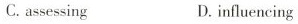
C. assessing D. influencing